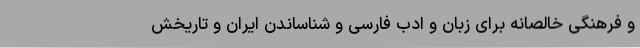
و فرهنگی خالصانه برای زبان و ادب فارسی و شناساندن ایران‌ و تاریخش